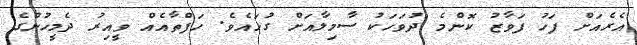
އެރެއަށް ފަހު ފަވާޒު ކޮންމެ ދުވަހަކު ސާމިލާއަށް ގުޅައެވެ. ހަފްތާއެއް ވީއިރު ދެމީހުންގެ